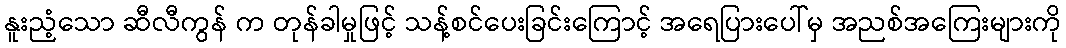
နူးညံ့သော ဆီလီကွန် က တုန်ခါမှုဖြင့် သန့်စင်ပေးခြင်းကြောင့် အရေပြားပေါ်မှ အညစ်အကြေးများကို